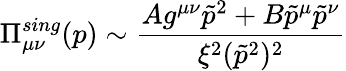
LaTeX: \Pi_{\mu\nu}^{sing}(p)\sim\frac{Ag^{\mu\nu}\tilde{p}^{2}+B\tilde{p}^{\mu}\tilde{p}^{\nu}}{\xi^{2}(\tilde{p}^{2})^{2}}